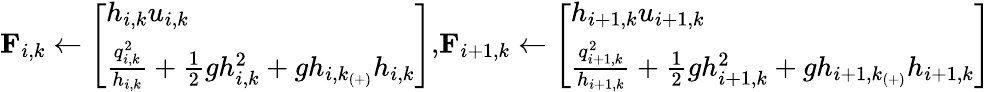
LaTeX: \textbf{F}_{i,k}\leftarrow\left[\begin{array}{l}{h_{i,k}u_{i,k}}\\ {\frac{q_{i,k}^{2}}{h_{i,k}}+\frac{1}{2}gh_{i,k}^{2}+gh_{i,k_{(+)}}h_{i,k}}\end{array}\right]\textrm{,}\textbf{F}_{i+1,k}\leftarrow\left[\begin{array}{l}{h_{i+1,k}u_{i+1,k}}\\ {\frac{q_{i+1,k}^{2}}{h_{i+1,k}}+\frac{1}{2}gh_{i+1,k}^{2}+gh_{i+1,k_{(+)}}h_{i+1,k}}\end{array}\right]